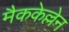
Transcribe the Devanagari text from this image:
मैककेल्लेन